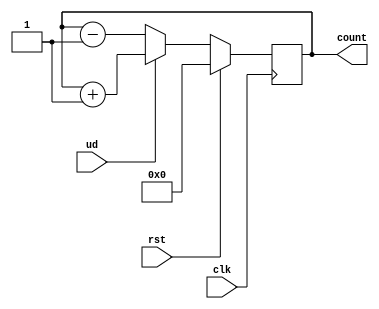


module counter_4bit(
    input clk, rst,ud,
    output reg [3:0] count
    );
    always @ (posedge clk)
    	if (rst)
        count <= 4'b0000;
    	else if(ud==1)
        count <= count+1'b1;
	else 
	count <= count -1'b1;
        
endmodule